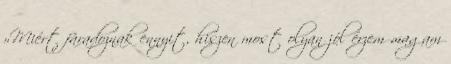
»Miért fáradoznak ennyit, hiszen most olyan jól érzem magam